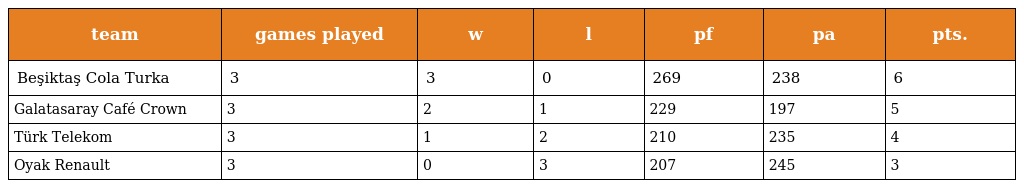
| team | games played | w | l | pf | pa | pts. |
 | --- | --- | --- | --- | --- | --- | --- |
 | Beşiktaş Cola Turka | 3 | 3 | 0 | 269 | 238 | 6 |
 | Galatasaray Café Crown | 3 | 2 | 1 | 229 | 197 | 5 |
 | Türk Telekom | 3 | 1 | 2 | 210 | 235 | 4 |
 | Oyak Renault | 3 | 0 | 3 | 207 | 245 | 3 |